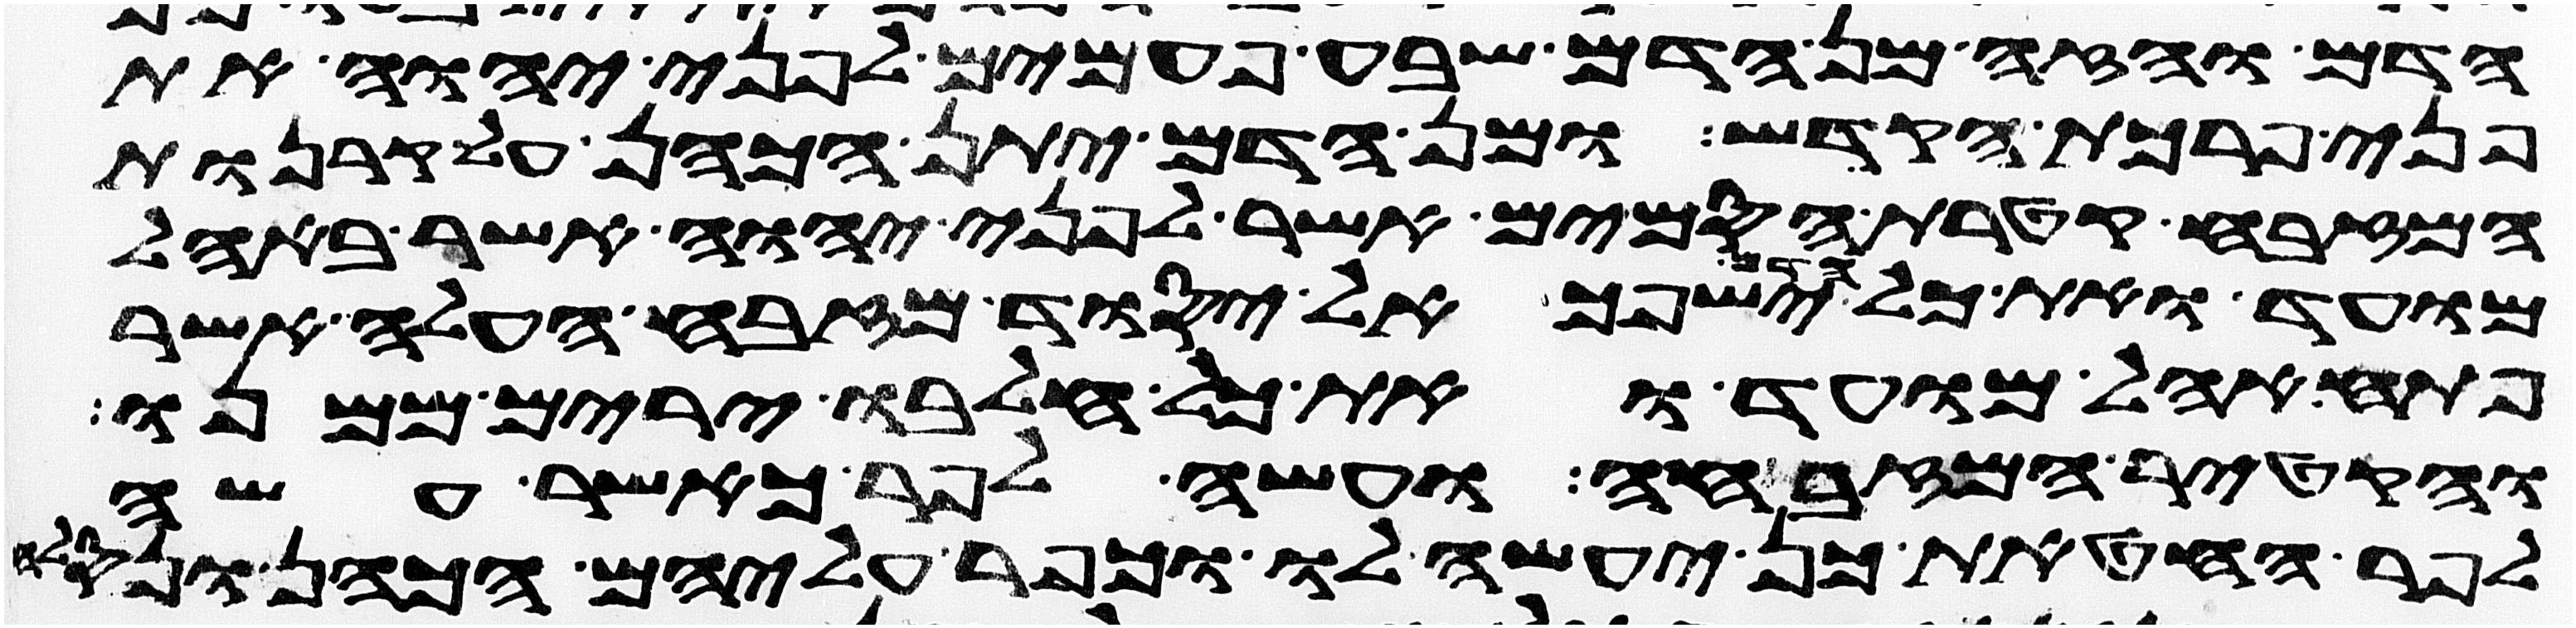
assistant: הדם והזה מן הדם שבע פעמים לפני יהוה את
פני פרכת הקדש ומן הדם יתן הכהן על קרנות
המזבח קטרת הסמים אשר לפני יהוה אשר באהל
מועד ואת כל הדם ישפך אל יסוד מזבח העלה אשר
פתח אהל מועד ואת כל חלבו ירים ממנו
והקטיר המזבחה ועשה לפר כאשר עשה
לפר החטאת כן יעשה לו וכפר עליהם הכהן ונסלח